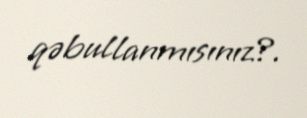
qəbullanmısınız?.